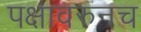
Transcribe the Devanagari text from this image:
पक्षावरुनच